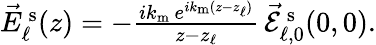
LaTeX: \begin{array}{r}{\vec{E}_{\ell}^{\mathrm{\, s}}(z)=-\frac{ik_{\mathrm{m}}\, e^{ik_{\mathrm{m}}(z-z_{\ell})}}{z-z_{\ell}}\, \! \! \, \! \, \, \! \, \, \! \! \, \! \, \, \! \! \, \! \! \, \! \, \, \! \! \, \! \! \, \! \, \, \! \, \, \! \! \, \! \, \, \! \! \, \! \! \, \! \, \, \! \, \, \! \! \, \! \, \, \! \, \, \! \! \, \! \, \, \! \! \, \! \! \, \! \, \, \! \, \, \! \! \, \! \, \, \! \, \, \! \! \vec{\mathcal{E}}_{\ell,0}^{\mathrm{\, s}}(0,0).}\end{array}